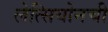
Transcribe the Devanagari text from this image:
लेत्सियोनची